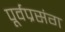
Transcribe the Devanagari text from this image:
पूर्वप्रसंग